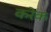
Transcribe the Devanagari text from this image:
करेक